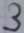
Text: 3